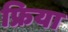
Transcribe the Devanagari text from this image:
फ्रिया